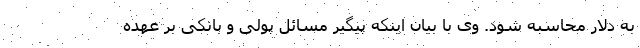
به دلار محاسبه شود. وی با بیان اینکه پیگیر مسائل پولی و بانکی بر عهده